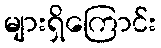
များရှိကြောင်း